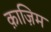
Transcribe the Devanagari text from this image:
क़ाज़िम